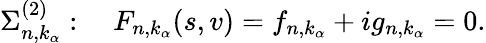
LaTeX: \Sigma_{n,k_{\alpha}}^{(2)}:\quad F_{n,k_{\alpha}}(s,v)=f_{n,k_{\alpha}}+ig_{n,k_{\alpha}}=0.